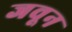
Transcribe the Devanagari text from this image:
जवून